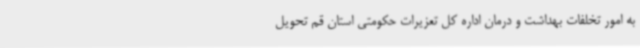
به امور تخلفات بهداشت و درمان اداره کل تعزیرات حکومتی استان قم تحویل